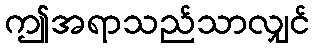
ဤအရာသည်သာလျှင်